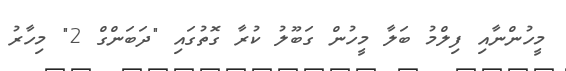
މީހުންނާއި ފިލްމު ބަލާ މީހުން ގަބޫލު ކުރާ ގޮތުގައި "ދަބަންގް 2" މިހާރު